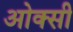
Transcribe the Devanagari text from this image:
ओक्सी